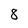
Character: 8